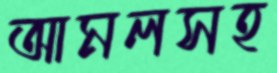
আমলসহ